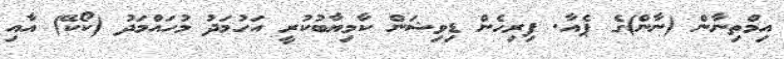
އިމްތިނާން (ނާން)ގެ ޕެއާ. ފިރިހެން ޑިވިޝަން ކާމިޔާބުކުރީ އަހުމަދު މުހައްމަދު (ކޯކޭ) އާއި